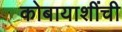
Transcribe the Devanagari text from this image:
कोबायाशींची